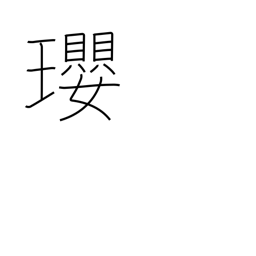
Meaning: jewelled necklace